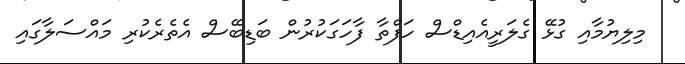
މިލިޔުމާއި ގުޅޭ ގެލަރީއެއިޑްސް ހަފްތާ ފާހަގަކުރުން ބަޑިބޭސް އެތެރެކުރި މައްސަލާގައި